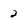
Character: 2